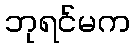
ဘုရင်မက